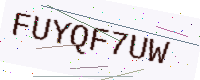
Text: FUYQF7UW